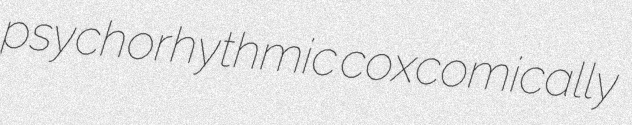
psychorhythmic coxcomically